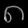
Digit: ၈